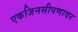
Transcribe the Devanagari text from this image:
एकजिनसीपणावर